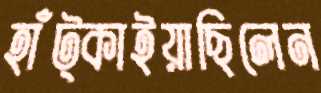
হাঁট্‌কাইয়াছিলেন